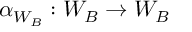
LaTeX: \alpha _ { W _ { B } } : W _ { B } \to W _ { B }